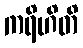
ကရိဟိတိ